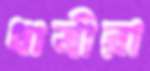
ধাত্রীরা